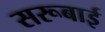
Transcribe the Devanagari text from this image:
सरूबाई